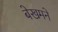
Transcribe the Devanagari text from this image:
बेखमने